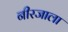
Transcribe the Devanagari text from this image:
नीरजाला